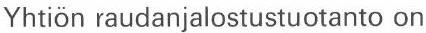
Yhtiön raudanjalostustuotanto on